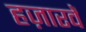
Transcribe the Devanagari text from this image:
हज़ारवें